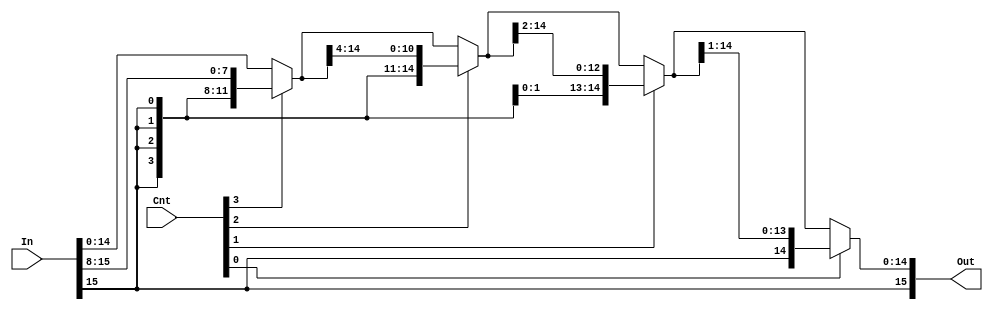
/*
    CS/ECE 552 Spring '20
    Homework #2, Problem 1
    
    A shift right arithmetic module. signed shift a 
    given input right by a specified number of bits.
 */

module shiftRightArithmetic(In, Cnt, Out);

    // variable declaration
    input [15:0] In;
    input [3:0] Cnt;
    output [15:0] Out;

    wire [15:0] inter1, inter2, inter3;
    assign inter1 = Cnt[3] ? {{8{In[15]}}, In[15:8]} : In;
    assign inter2 = Cnt[2] ? {{4{inter1[15]}}, inter1[15:4]} : inter1;
    assign inter3 = Cnt[1] ? {{2{inter2[15]}}, inter2[15:2]} : inter2;
    assign Out = Cnt[0] ? {{1{inter3[15]}}, inter3[15:1]} : inter3;

endmodule